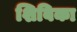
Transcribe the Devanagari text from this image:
शिबिका